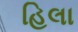
હિલા